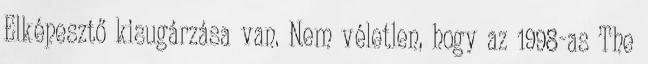
Elképesztő kisugárzása van. Nem véletlen, hogy az 1998-as The